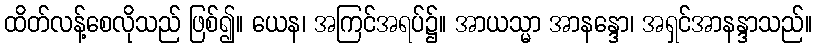
ထိတ်လန့်စေလိုသည် ဖြစ်၍။ ယေန၊ အကြင်အရပ်၌။ အာယသ္မာ အာနန္ဒော၊ အရှင်အာနန္ဒာသည်။